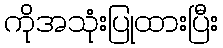
ကိုအသုံးပြုထားပြီး